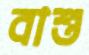
বাশু